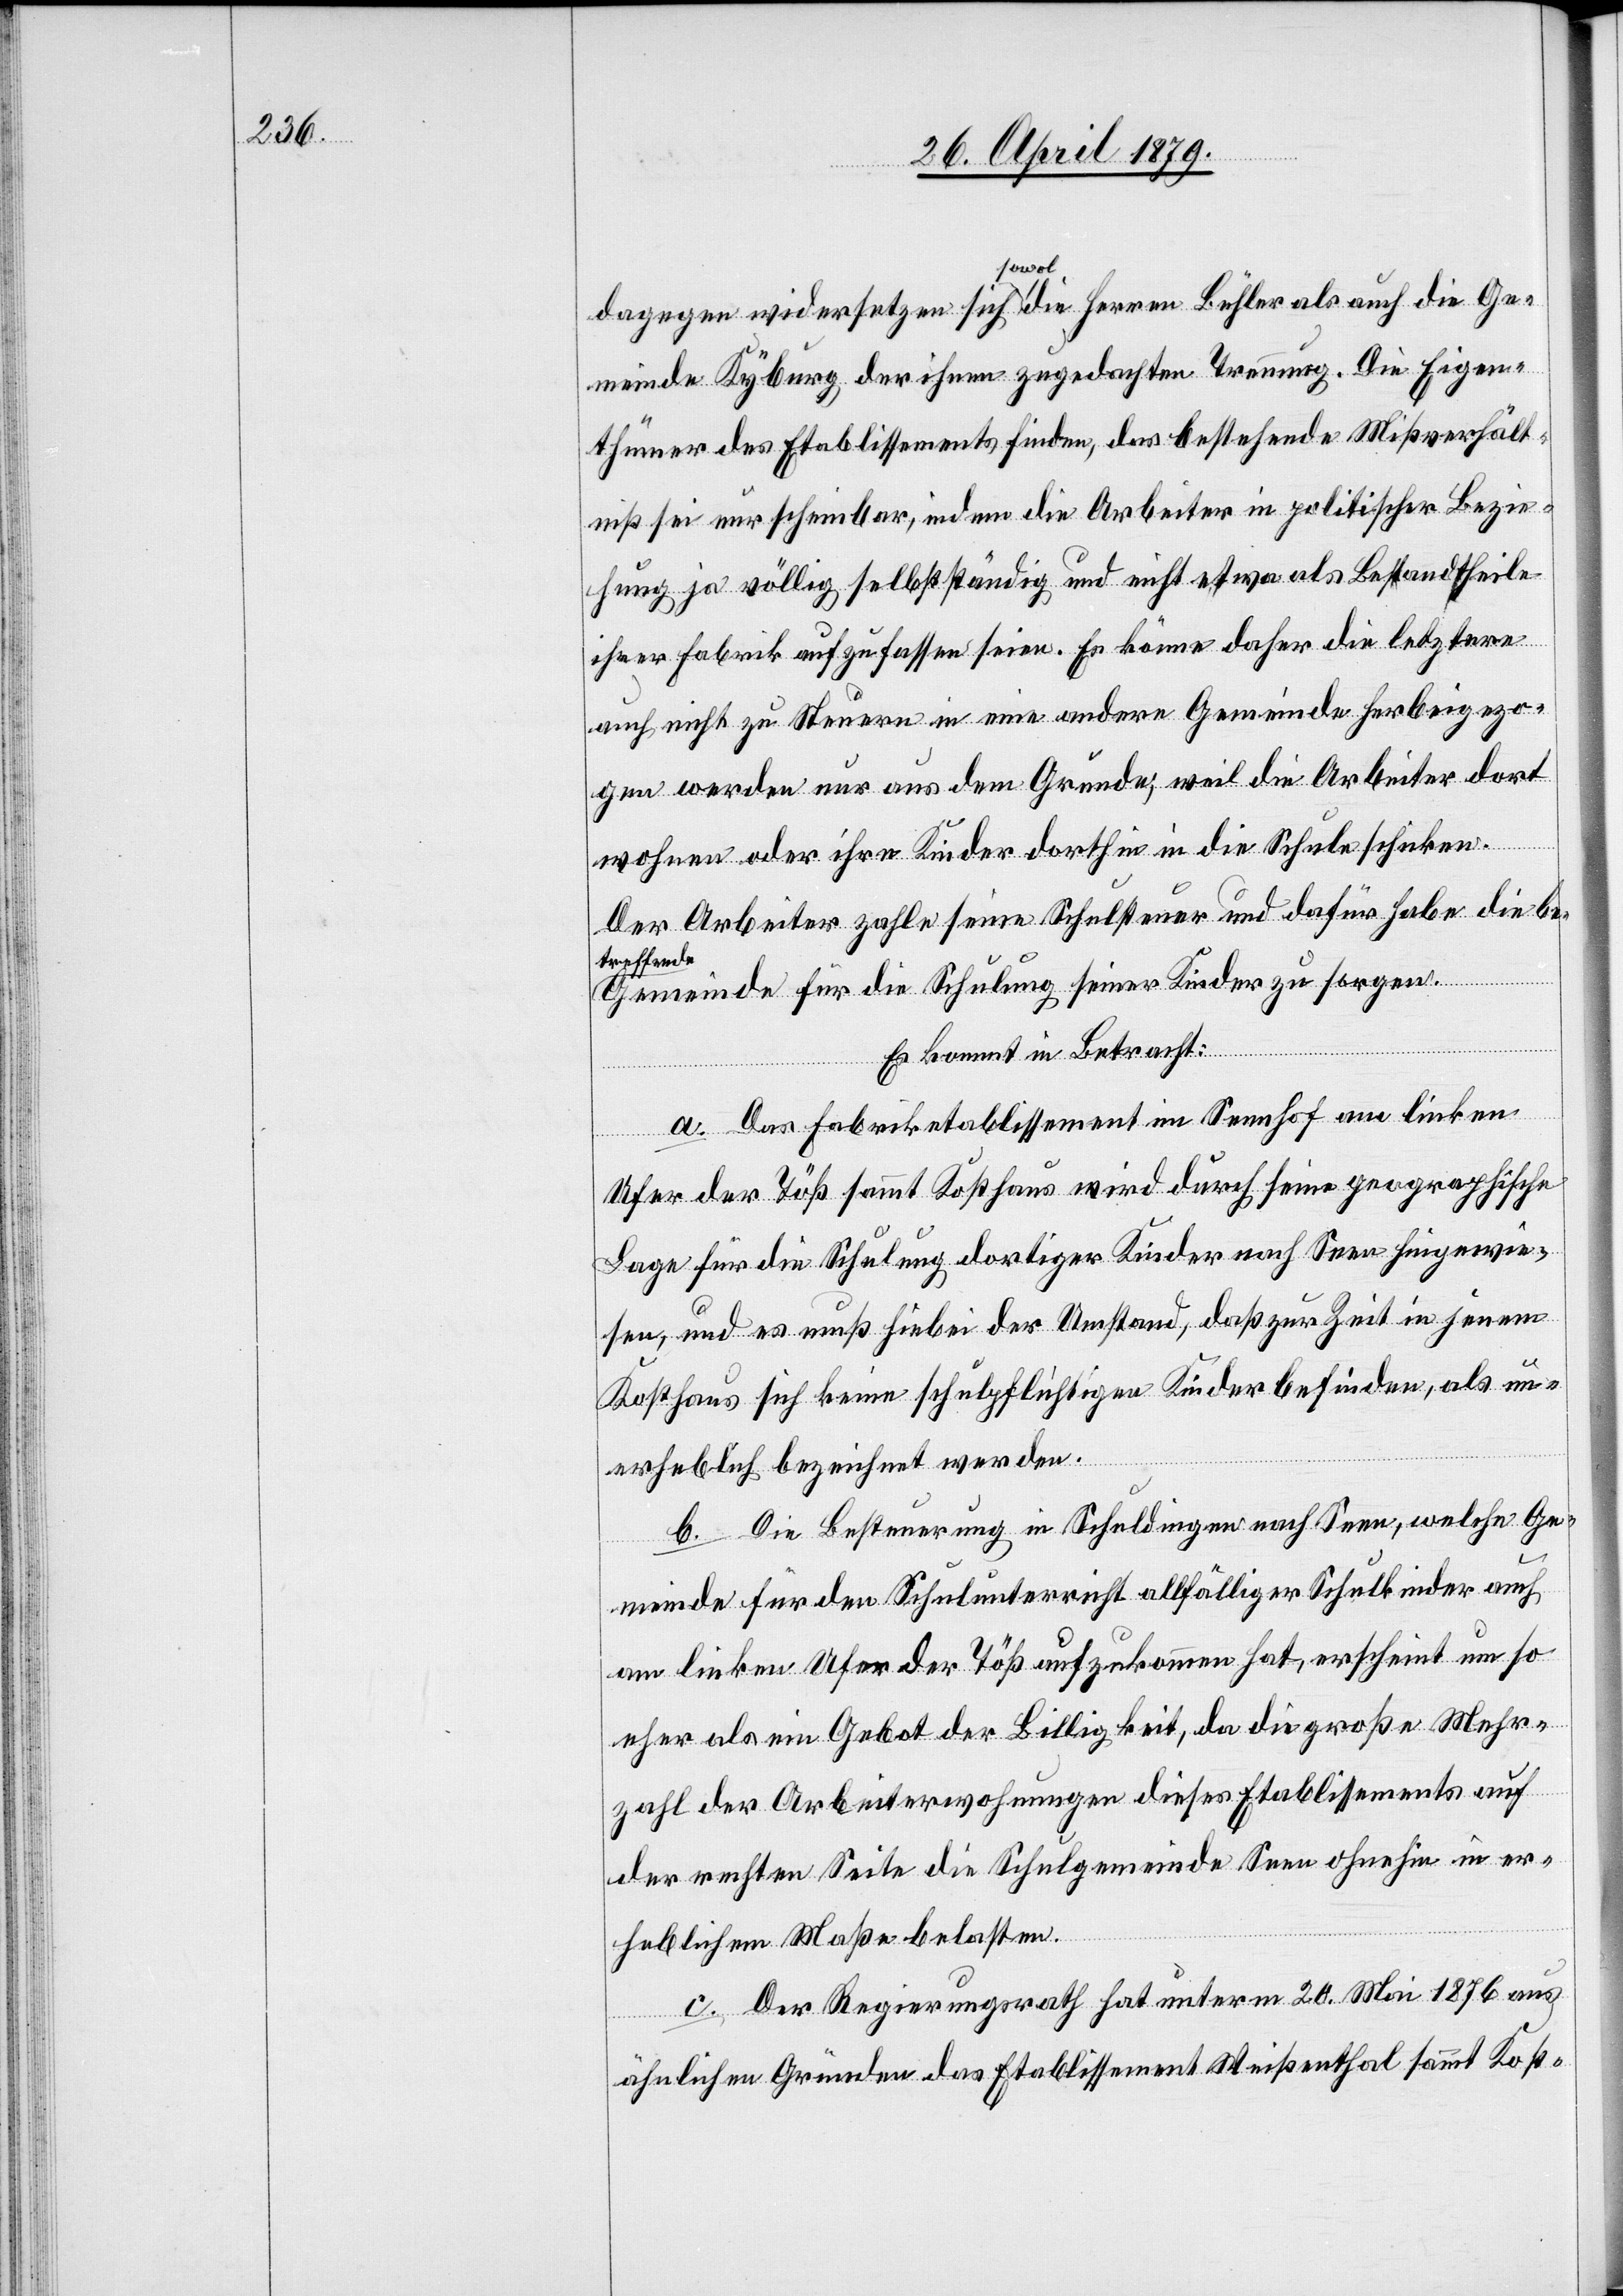
dagegen widersetzen sich sowol die Herren Bühler als auch die Ge¬
meinde Kyburg der ihnen zugedachten Trennung. Die Eigen¬
thümer des Etablissements finden, das bestehende Mißverhält¬
niß sei nur scheinbar, indem die Arbeiter in politischer Bezie¬
hung ja völlig selbstständig und nicht etwa als Bestandtheile
ihrer Fabrik aufzufassen seien. Es könne daher die letztere
auch nicht zu Steuern in eine andere Gemeinde herbeigezo¬
gen werden nur aus dem Grunde, weil die Arbeiter dort
wohnen oder ihre Kinder dorthin in die Schule schicken.
Der Arbeiter zahle seine Schulsteuer und dafür habe die be¬
treffende
Gemeinde für die Schulung seiner Kinder zu sorgen.
Es kommt in Betracht:
a. Das Fabriketablissement im Sennhof am linken
Ufer der Töß sammt Kosthaus wird durch seine geographische
Lage für die Schulung dortiger Kinder nach Seen hingewie¬
sen, und es muß hiebei der Umstand, daß zur Zeit in jenem
Kosthaus sich keine schulpflichtigen Kinder befinden, als un¬
erheblich bezeichnet werden.
b. Die Besteuerung in Schuldingen nach Seen, welche Ge¬
meinde für den Schulunterricht allfälliger Schulkinder auch
am linken Ufer der Töß aufzukommen hat, erscheint um so
eher als ein Gebot der Billigkeit, da die große Mehr¬
zahl der Arbeiterwohnungen dieses Etablissements auf
der rechten Seite die Schulgemeinde Seen ohnehin in er¬
heblichem Maße belasten.
c. Der Regierungsrath hat unterm 20. Mai 18786 aus
ähnlichen Gründen das Etablissement Weißenthal sammt Kost-